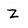
Character: Z